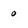
Character: 0